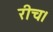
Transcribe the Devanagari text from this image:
रीच।